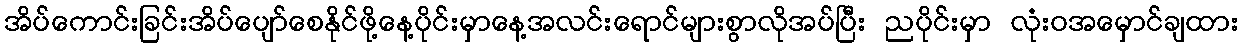
အိပ်ကောင်းခြင်းအိပ်ပျော်စေနိုင်ဖို့နေ့ပိုင်းမှာနေ့အလင်းရောင်များစွာလိုအပ်ပြီး ညပိုင်းမှာ လုံးဝအမှောင်ချထား